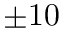
\pm 1 0